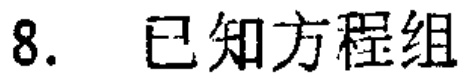
8. 已知方程组